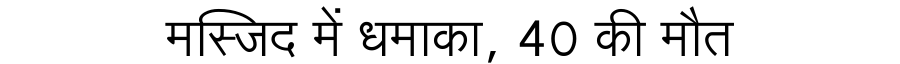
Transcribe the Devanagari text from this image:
मस्जिद में धमाका, 40 की मौत